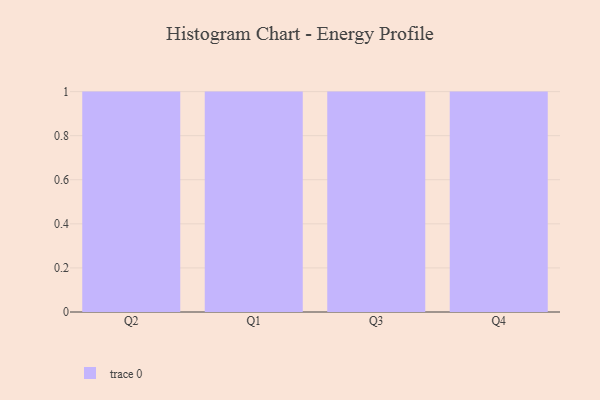
{"axis": {"x": "Quarter", "y": "Gross Profit (USD K)"}, "legend": [""], "data": [{"x": "Q2", "y": 88, "type": ""}, {"x": "Q1", "y": 28, "type": ""}, {"x": "Q3", "y": 6, "type": ""}, {"x": "Q4", "y": 99, "type": ""}]}